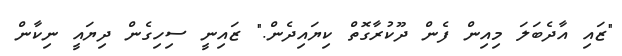
"ޒައި އާދެބަލަ މިއިން ފެން ދޫކުރާގޮތް ކިޔައިދެން." ޒައިނީ ސިހިގެން ދިޔައީ ނިކާން